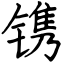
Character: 镌